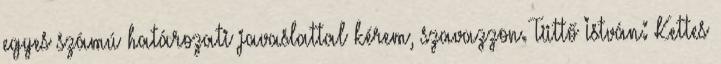
egyes számú határozati javaslattal kérem, szavazzon. Tüttő István: Kettes